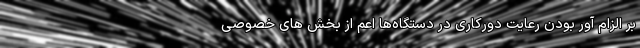
بر الزام آور بودن رعایت دورکاری در دستگاه‌ها اعم از بخش های خصوصی